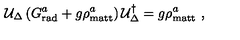
{ \cal U } _ { \Delta } \left( G _ { \mathrm { r a d } } ^ { a } + g \rho _ { \mathrm { m a t t } } ^ { a } \right) { \cal U } _ { \Delta } ^ { \dagger } = g \rho _ { \mathrm { m a t t } } ^ { a } \ ,